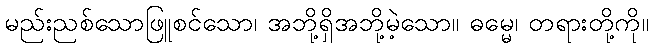
မည်းညစ်သောဖြူစင်သော၊ အဘို့ရှိအဘို့မဲ့သော။ ဓမ္မေ၊ တရားတို့ကို။